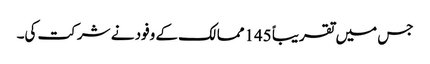
جس میں تقریباً 145ممالک کے وفود نے شرکت کی۔